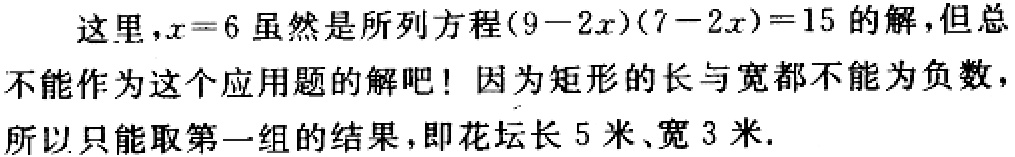
这里，\(x = 6\)虽然是所列方程\((9 - 2x)(7 - 2x)=15\)的解，但总不能作为这个应用题的解吧！因为矩形的长与宽都不能为负数，所以只能取第一组的结果，即花校长5米、宽3米.